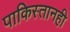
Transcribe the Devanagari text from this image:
पाकिस्तानही